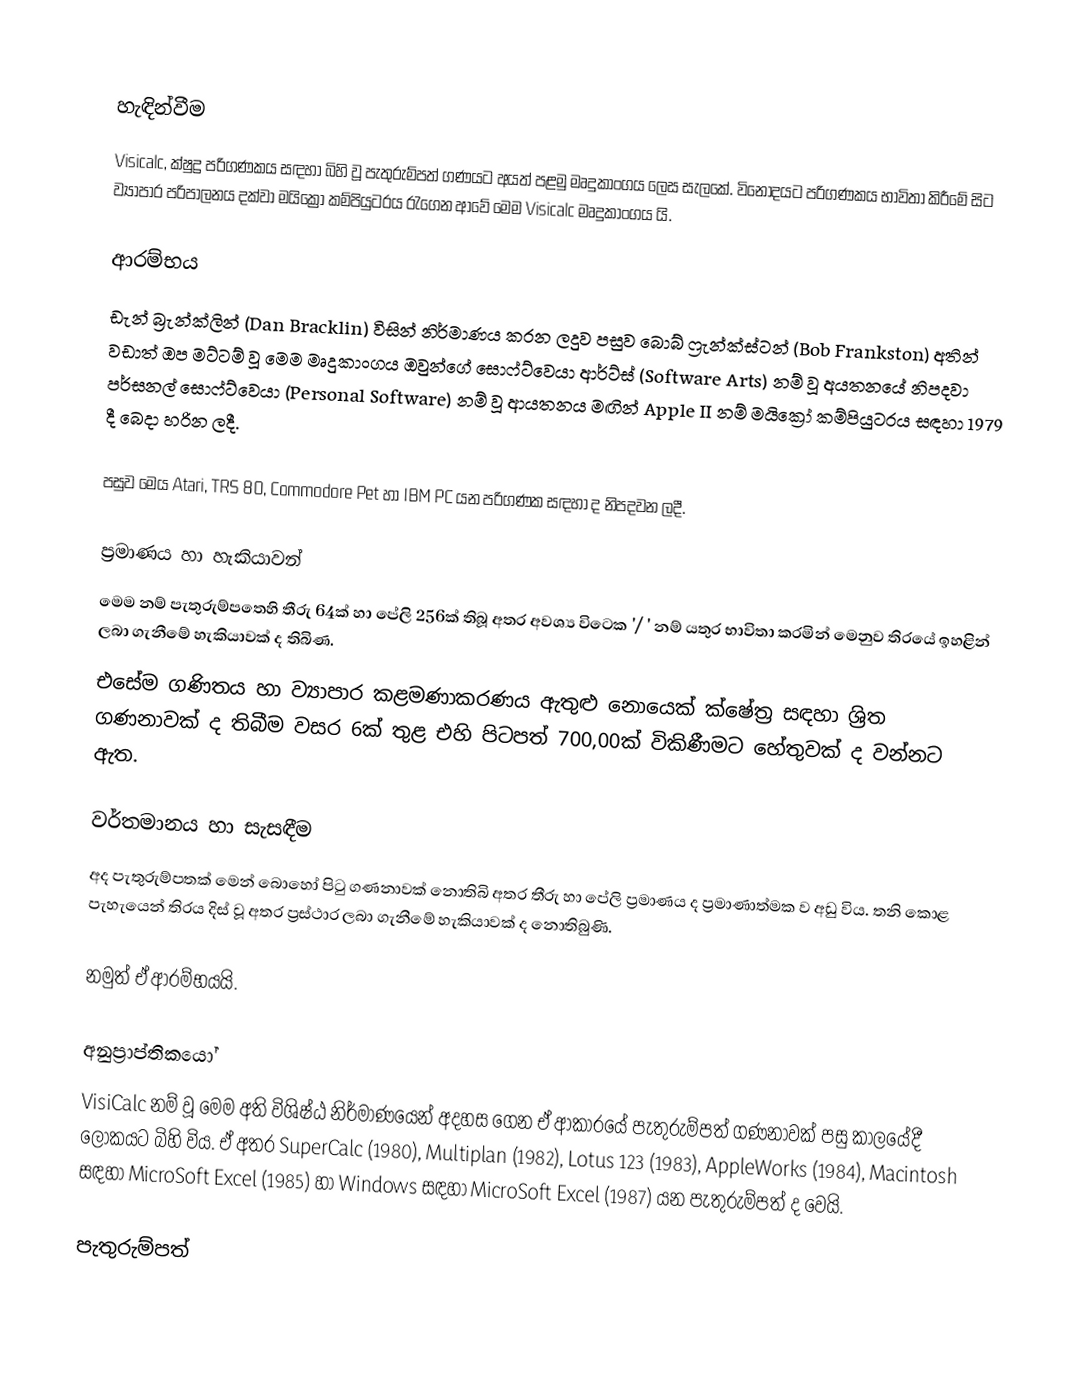

හැඳින්වීම
Visicalc, ක්ෂුද්‍ර පරිගණකය සඳහා බිහි වූ පැතුරුම්පත් ගණයට අයත්  පළමු මෘදුකාංගය ලෙස සැලකේ. විනෝදයට පරිගණකය භාවිතා කිරීමේ සිට ව්‍යාපාර පරිපාලනය දක්වා මයික්‍රෝ කම්පියුටරය රැගෙන ආවේ මෙම Visicalc මෘදුකාංගය යි.

ආරම්භය
ඩැන් බ්‍රැන්ක්ලින් (Dan Bracklin) විසින් නිර්මාණය කරන ලදුව පසුව බොබ් ෆ්‍රැන්ක්ස්ටන් (Bob Frankston) අතින් වඩාත් ඔප මට්ටම් වූ මෙම මෘදුකාංගය ඔවුන්ගේ සොෆ්ට්වෙයා ආර්ට්ස් (Software Arts) නම් වූ අයතනයේ නිපදවා පර්සනල් සොෆ්ට්වෙයා (Personal Software)  නම් වූ ආයතනය මඟින් Apple II නම් මයික්‍රෝ කම්පියුටරය සඳහා 1979 දී බෙදා හරින ලදී.

පසුව මෙය Atari, TRS 80, Commodore Pet හා IBM PC යන පරිගණක සඳහා ද නිපදවන ලදී.

ප්‍රමාණය හා හැකියාවන්
මෙම නම් පැතුරුම්පතෙහි තීරු 64ක් හා පේලි 256ක් තිබූ අතර අවශ්‍ය විටෙක '/ ' නම් යතුර භාවිතා කරමින් මෙනුව තිරයේ ඉහළින් ලබා ගැනීමේ හැකියාවක් ද තිබිණ.
එසේම ගණිතය හා ව්‍යාපාර කළමණාකරණය ඇතුළු නොයෙක් ක්ෂේත්‍ර සඳහා ශ්‍රිත ගණනාවක් ද තිබීම වසර 6ක් තුළ එහි පිටපත් 700,00ක් විකිණීමට හේතුවක් ද වන්නට ඇත.

වර්තමානය හා සැසඳීම
අද පැතුරුම්පතක් මෙන් බොහෝ පිටු ගණනාවක් නොතිබි අතර තීරු හා පේලි ප්‍රමාණය ද ප්‍රමාණාත්මක ව අඩු විය. තනි කොළ පැහැයෙන් තිරය දිස් වූ අතර ප්‍රස්ථාර ලබා ගැනීමේ හැකියාවක් ද නොතිබුණි.

නමුත් ඒ ආරම්භයයි.

අනුප්‍රාප්තිකයෝ
VisiCalc නම් වූ මෙම අති විශිෂ්ඨ නිර්මාණයෙන් අදහස ගෙන ඒ ආකාරයේ පැතුරුම්පත් ගණනාවක් පසු කාලයේදී ලෝකයට බිහි විය. ඒ අතර SuperCalc (1980), Multiplan (1982), Lotus 123 (1983), AppleWorks (1984), Macintosh සඳහා MicroSoft Excel (1985) හා Windows සඳහා MicroSoft Excel (1987) යන පැතුරුම්පත් ද වෙයි.

පැතුරුම්පත්